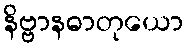
နိဗ္ဗာနဓာတုယော